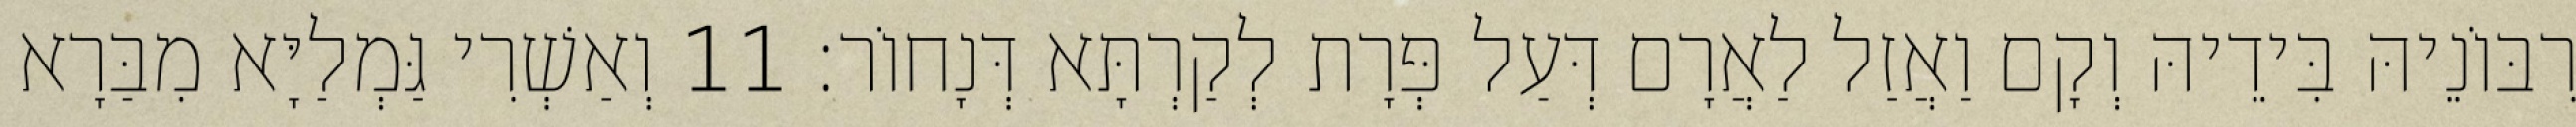
רִבּוֹנֵיהּ בִּידֵיהּ וְקָם וַאֲזַל לַאֲרָם דְּעַל פְּרָת לְקַרְתָּא דְּנָחוֹר׃ 11 וְאַשְׁרִי גַּמְלַיָּא מִבַּרָא